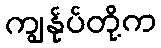
ကျွန်ုပ်တို့က